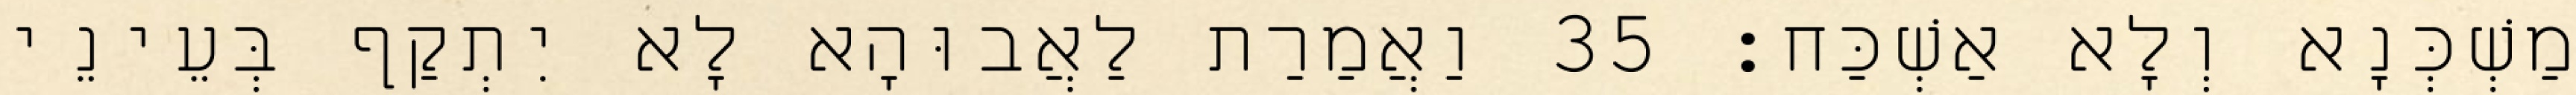
מַשְׁכְּנָא וְלָא אַשְׁכַּח׃ 35 וַאֲמַרַת לַאֲבוּהָא לָא יִתְקַף בְּעֵינֵי